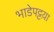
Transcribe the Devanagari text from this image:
भाडेपट्टय़ा